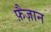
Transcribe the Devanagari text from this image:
फ़ैज़ान